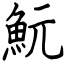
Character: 魭